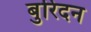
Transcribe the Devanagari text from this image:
बुरिदन